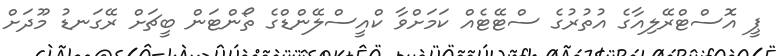
ޕީ އޮސްޓްރޭލިއާގެ އުތުރުގެ ސްޓޭޓެއް ކަމަށްވާ ކްއީސްލޭންޑްގެ ތޯންޓަން ބީޗަށް ރޭގަނޑު މޫދަށް